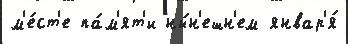
м'е́ст'е па́м'ят'и ны́н'ешн'ем январ'я́